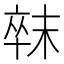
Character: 𣖛